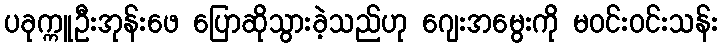
ပခုက္ကူဦးအုန်းဖေ ပြောဆိုသွားခဲ့သည်ဟု ဂျေးအမွေးကို မဝင်းဝင်းသန်း